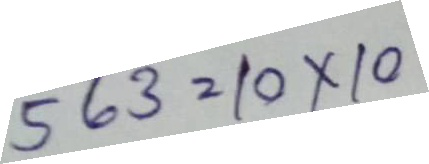
563 = 10 x 10